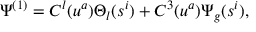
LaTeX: \Psi ^ { ( 1 ) } = C ^ { l } ( u ^ { a } ) \Theta _ { l } ( s ^ { i } ) + C ^ { 3 } ( u ^ { a } ) \Psi _ { g } ( s ^ { i } ) ,